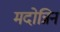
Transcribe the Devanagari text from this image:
मदोन्निन